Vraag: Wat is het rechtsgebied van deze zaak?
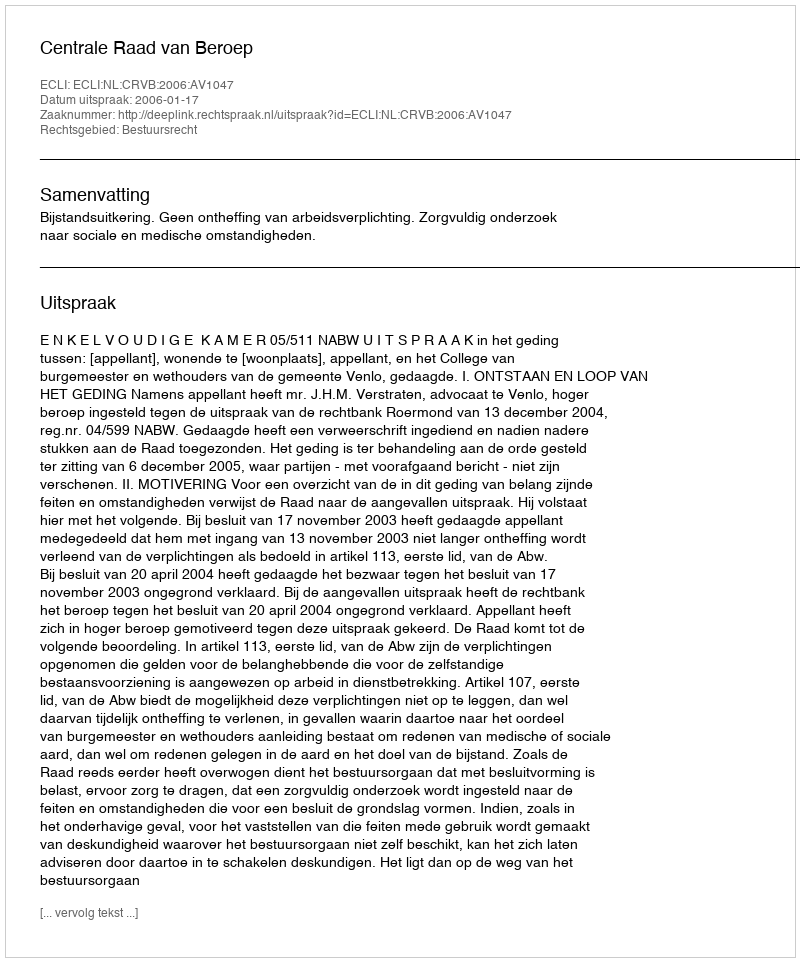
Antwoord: Bestuursrecht